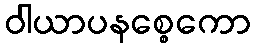
ဝါယာပနစ္စေကော